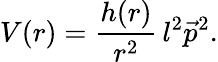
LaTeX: V(r)=\frac{h(r)}{r^{2}}\, l^{2}\vec{p}^{2}.